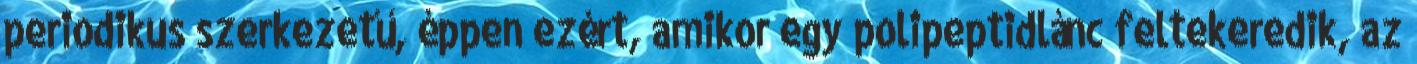
periodikus szerkezetű, éppen ezért, amikor egy polipeptidlánc feltekeredik, az